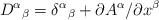
LaTeX: \begin{align*}D^\alpha{}_\beta=\delta^\alpha{}_\beta+\partial A^\alpha/\partial x^\beta\end{align*}